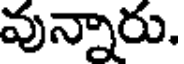
వున్నారు.